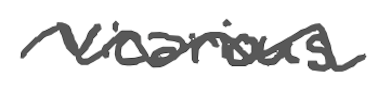
Text: vicarious
Cross-out: mix
Writing tool: digital_gray